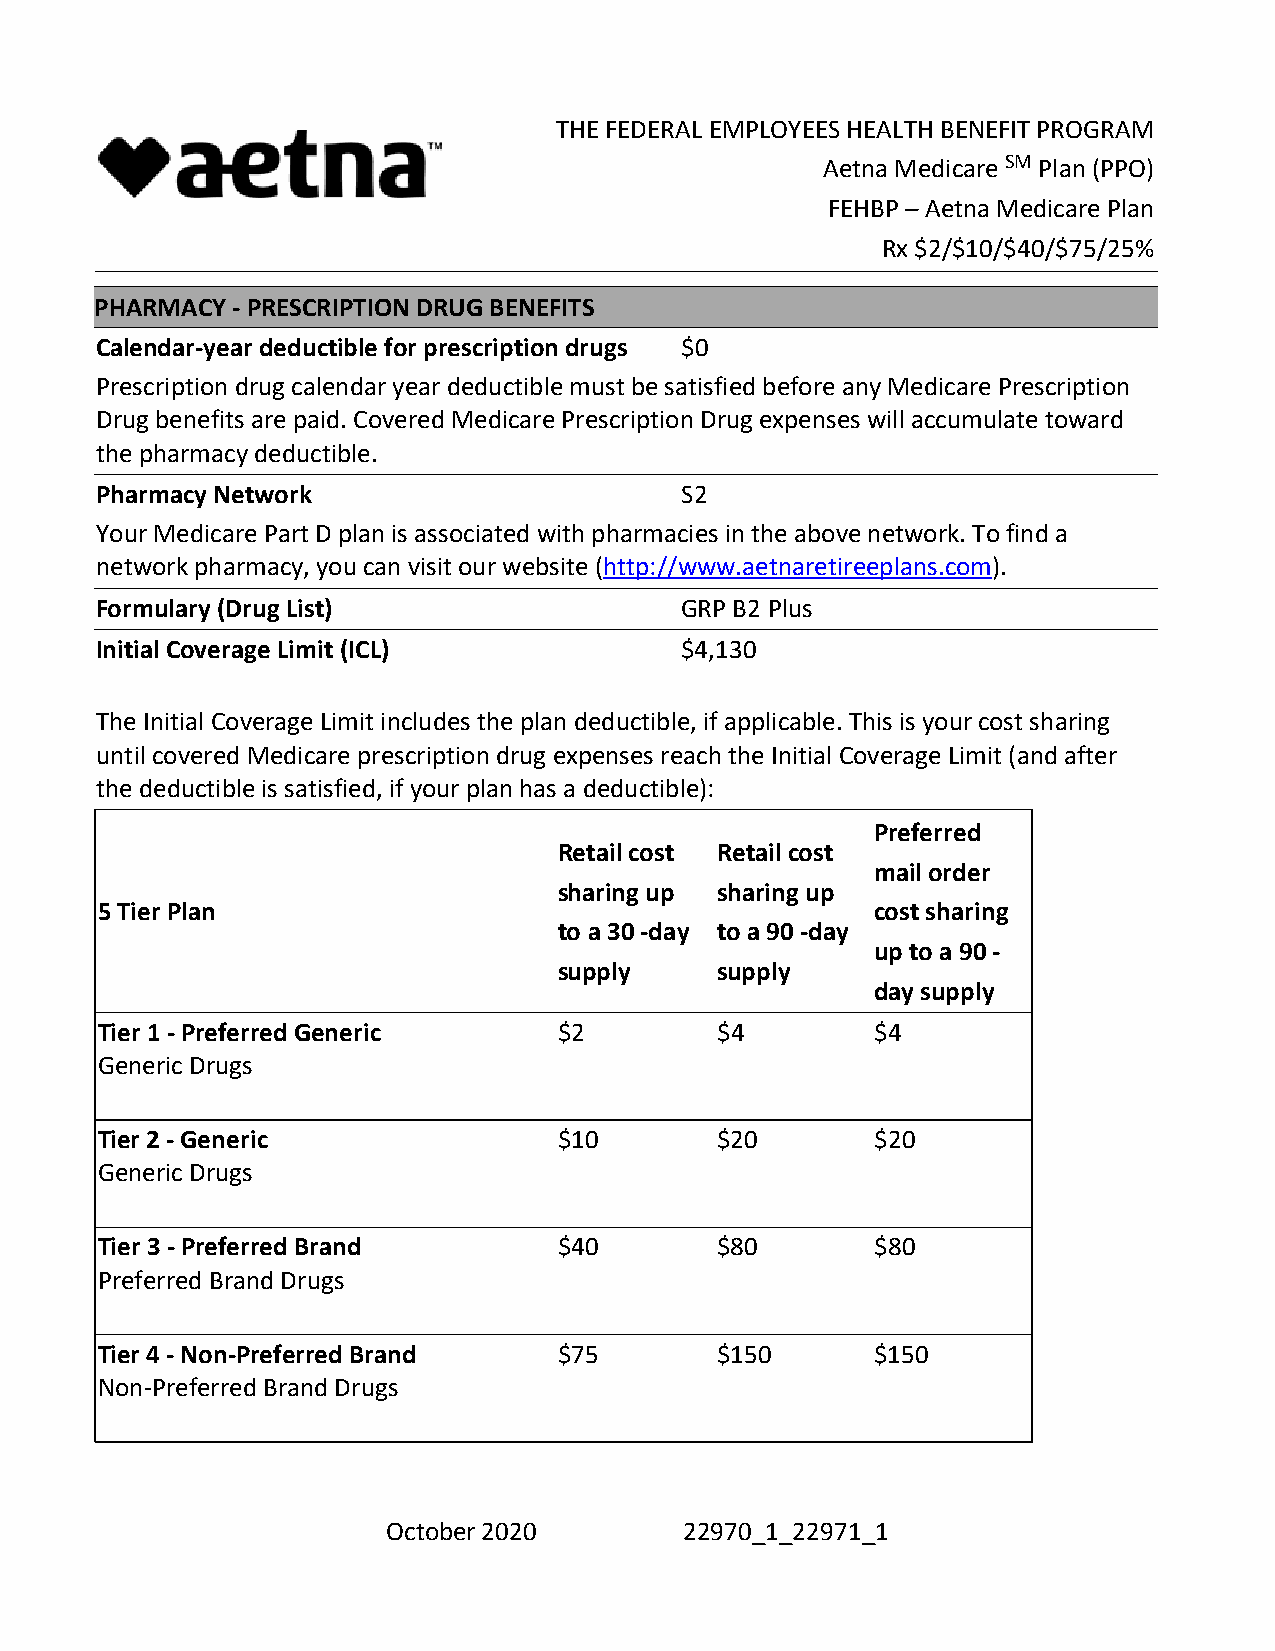
THE FEDERAL EMPLOYEES HEALTH BENEFIT PROGRAM
 Aetna Medicare SM Plan (PPO)
 FEHBP – Aetna Medicare Plan
 Rx $2/$10/$40/$75/25%
 PHARMACY - PRESCRIPTION DRUG BENEFITS
 Calendar-year deductible for prescription drugs $0
 Prescription drug calendar year deductible must be satisfied before any Medicare Prescription
 Drug benefits are paid. Covered Medicare Prescription Drug expenses will accumulate toward
 the pharmacy deductible.
 Pharmacy Network                       S2
 Your Medicare Part D plan is associated with pharmacies in the above network. To find a
 network pharmacy, you can visit our website (http://www.aetnaretireeplans.com).
 Formulary (Drug List)                  GRP B2 Plus
 Initial Coverage Limit (ICL)           $4,130
 The Initial Coverage Limit includes the plan deductible, if applicable. This is your cost sharing
 until covered Medicare prescription drug expenses reach the Initial Coverage Limit (and after
 the deductible is satisfied, if your plan has a deductible):
 Preferred
 Retail cost Retail cost
 mail order
 sharing up sharing up
 5 Tier Plan                                         cost sharing
 to a 30 -day to a 90 -day
 up to a 90 -
 supply    supply
 day supply
 Tier 1 - Preferred Generic     $2        $4         $4
 Generic Drugs
 Tier 2 - Generic               $10       $20        $20
 Generic Drugs
 Tier 3 - Preferred Brand       $40       $80        $80
 Preferred Brand Drugs
 Tier 4 - Non-Preferred Brand   $75       $150       $150
 Non-Preferred Brand Drugs
 October 2020       22970_1_22971_1